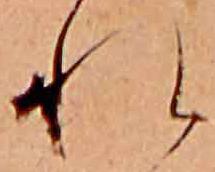
れ